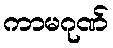
ကာမဂုဏ်